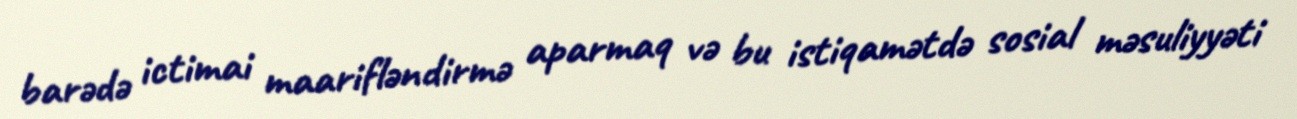
barədə ictimai maarifləndirmə aparmaq və bu istiqamətdə sosial məsuliyyəti